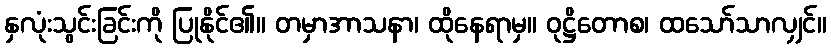
နှလုံးသွင်းခြင်းကို ပြုနိုင်၏။ တမှာအာသနာ၊ ထိုနေရာမှ။ ဝုဋ္ဌိတောစ၊ ထသော်သာလျှင်။